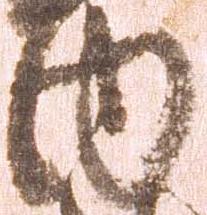
内